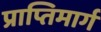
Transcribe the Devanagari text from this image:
प्राप्तिमार्ग